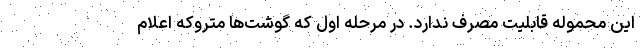
این محموله قابلیت مصرف ندارد. در مرحله اول که گوشت‌ها متروکه اعلام